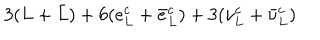
3 ( L + \bar { L } ) + 6 ( e _ { L } ^ { c } + \bar { e } _ { L } ^ { c } ) + 3 ( \nu _ { L } ^ { c } + \bar { \nu } _ { L } ^ { c } )